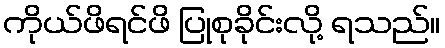
ကိုယ်ဖိရင်ဖိ ပြုစုခိုင်းလို့ ရသည်။